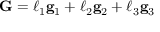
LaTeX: \mathbf { G } = \ell _ { 1 } \mathbf { g } _ { 1 } + \ell _ { 2 } \mathbf { g } _ { 2 } + \ell _ { 3 } \mathbf { g } _ { 3 }